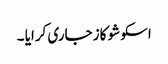
اسکو شو کاز جاری کرایا ۔